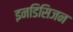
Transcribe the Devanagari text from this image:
इनडिसिजन